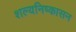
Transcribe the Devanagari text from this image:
शल्यनिष्कासन